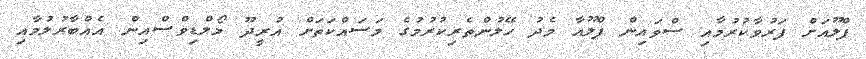
ފްލޫއަށް ފަރުވާކުރުމާއި ސްވައިން ފްލޫއާ މެދު ހޭލުންތެރިކުރުމުގެ މަސައްކަތަށް އުރީދޫ މޯލްޑިވްސްއިން އެއްބާރުލުމާއި